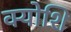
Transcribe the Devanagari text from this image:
क्योशि